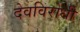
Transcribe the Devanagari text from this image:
देवविरोधी